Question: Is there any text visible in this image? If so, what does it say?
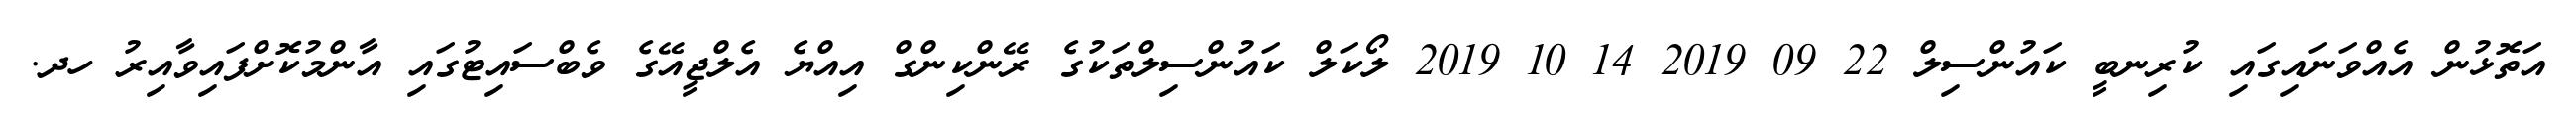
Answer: އަތޮޅުން އެއްވަނައިގައި ކުރިނބީ ކައުންސިލް 22 09 2019 14 10 2019 ލޯކަލް ކައުންސިލްތަކުގެ ރޭންކިންގް އިއްޔެ އެލްޖީއޭގެ ވެބްސައިޓުގައި އާންމުކޮށްފައިވާއިރު ހދ.